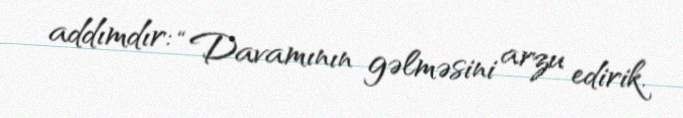
addımdır: “Davamının gəlməsini arzu edirik.